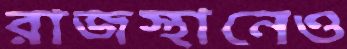
রাজস্থানেও